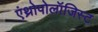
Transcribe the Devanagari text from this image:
एंथ्रोपोलॉजिस्ट